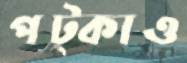
পট্‌কাও